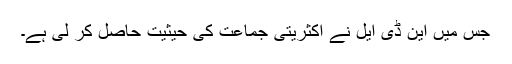
جس میں این ڈی ایل نے اکثریتی جماعت کی حیثیت حاصل کر لی ہے۔